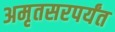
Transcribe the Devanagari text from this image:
अमृतसरपर्यंत